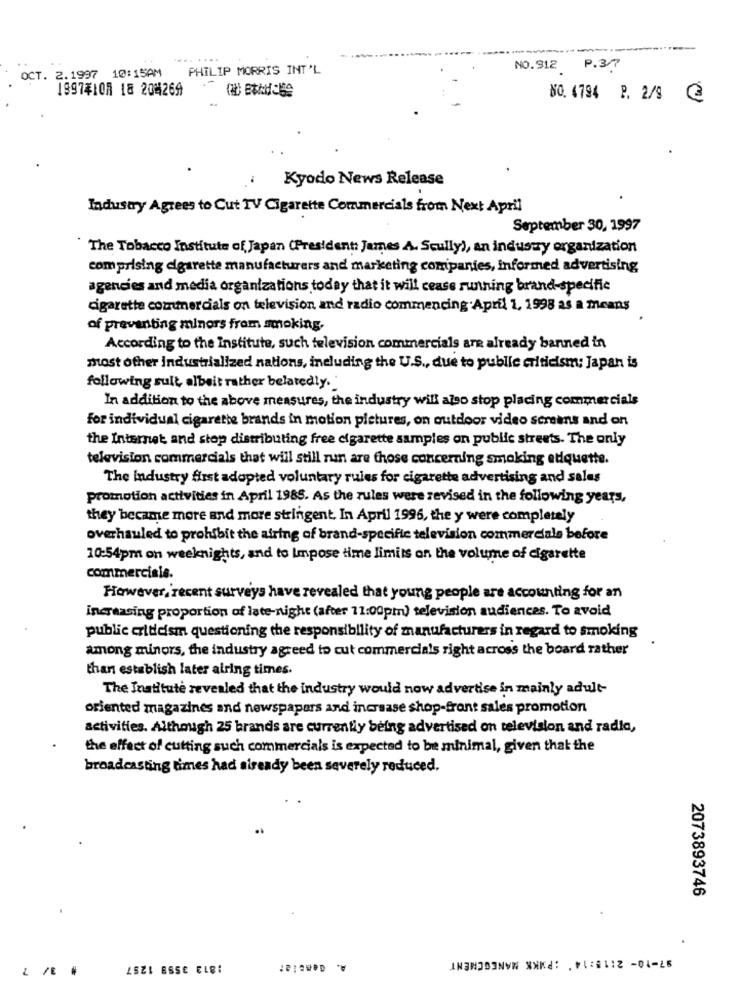
--
OCT. 2.1997 10:15AM
PHILIP MORRIS INT'L
NO. 912 P.37
19974IOR 18 204269
NO. 4794 P. 2/8 @
Kyodo News Release
Industry Agrees to Cut TV Cigarette Commercials from Next April
September 30, 1997
The Tobacco Institute of Japan (President: James A. Scully), an industry organization
comprising cigarette manufacturers and marketing companies, informed advertising
agencies and media organizations today that it will cease running brand-specific
cigarette commercials on television and radio commencing.April 1, 1998 as a means
of preventing minors from smoking.
According to the Institute, such television commercials are already banned in
most other industrialized nations, including the U.S ., due to public criticism; Japan is
following suit, albeit rather belatedly.
In addition to the above measures, the industry will also stop placing commercials
for individual cigarette brands in motion pictures, on outdoor video screens and on
the Internet, and stop distributing free cigarette samples on public streets. The only
television commercials that will still run are those concerning smoking etiquette.
The Industry first adopted voluntary rules for cigarette advertising and sales
promotion activities in April 1985. As the rules were revised in the following years,
they became more and more stringent. In April 1996, the y were completely
overhauled to prohibit the airing of brand-specific television commercials before
10:54pm on weeknights, and to Impose time limits on the volume of cigarette
commercisie.
However, recent surveys have revealed that young people are accounting for an
increasing proportion of late-night (after 11:00pm) television audiences. To avoid
public criticism questioning the responsibility of manufacturers in regard to smoking
among minors, the industry agreed to cut commercials right across the board rather
than establish later airing times.
The Institute revealed that the industry would now advertise in mainly adult-
oriented magazines and newspapers and increase shop-front sales promotion
activities. Although 25 brands are currently being advertised on television and radio,
the effect of cutting such commercials is expected to be minimal, given that the
broadcasting times had already been severely reduced.
2073893746
A. Gemcia:
97-10- 2:18:14' : PMKK MANEGEMENT